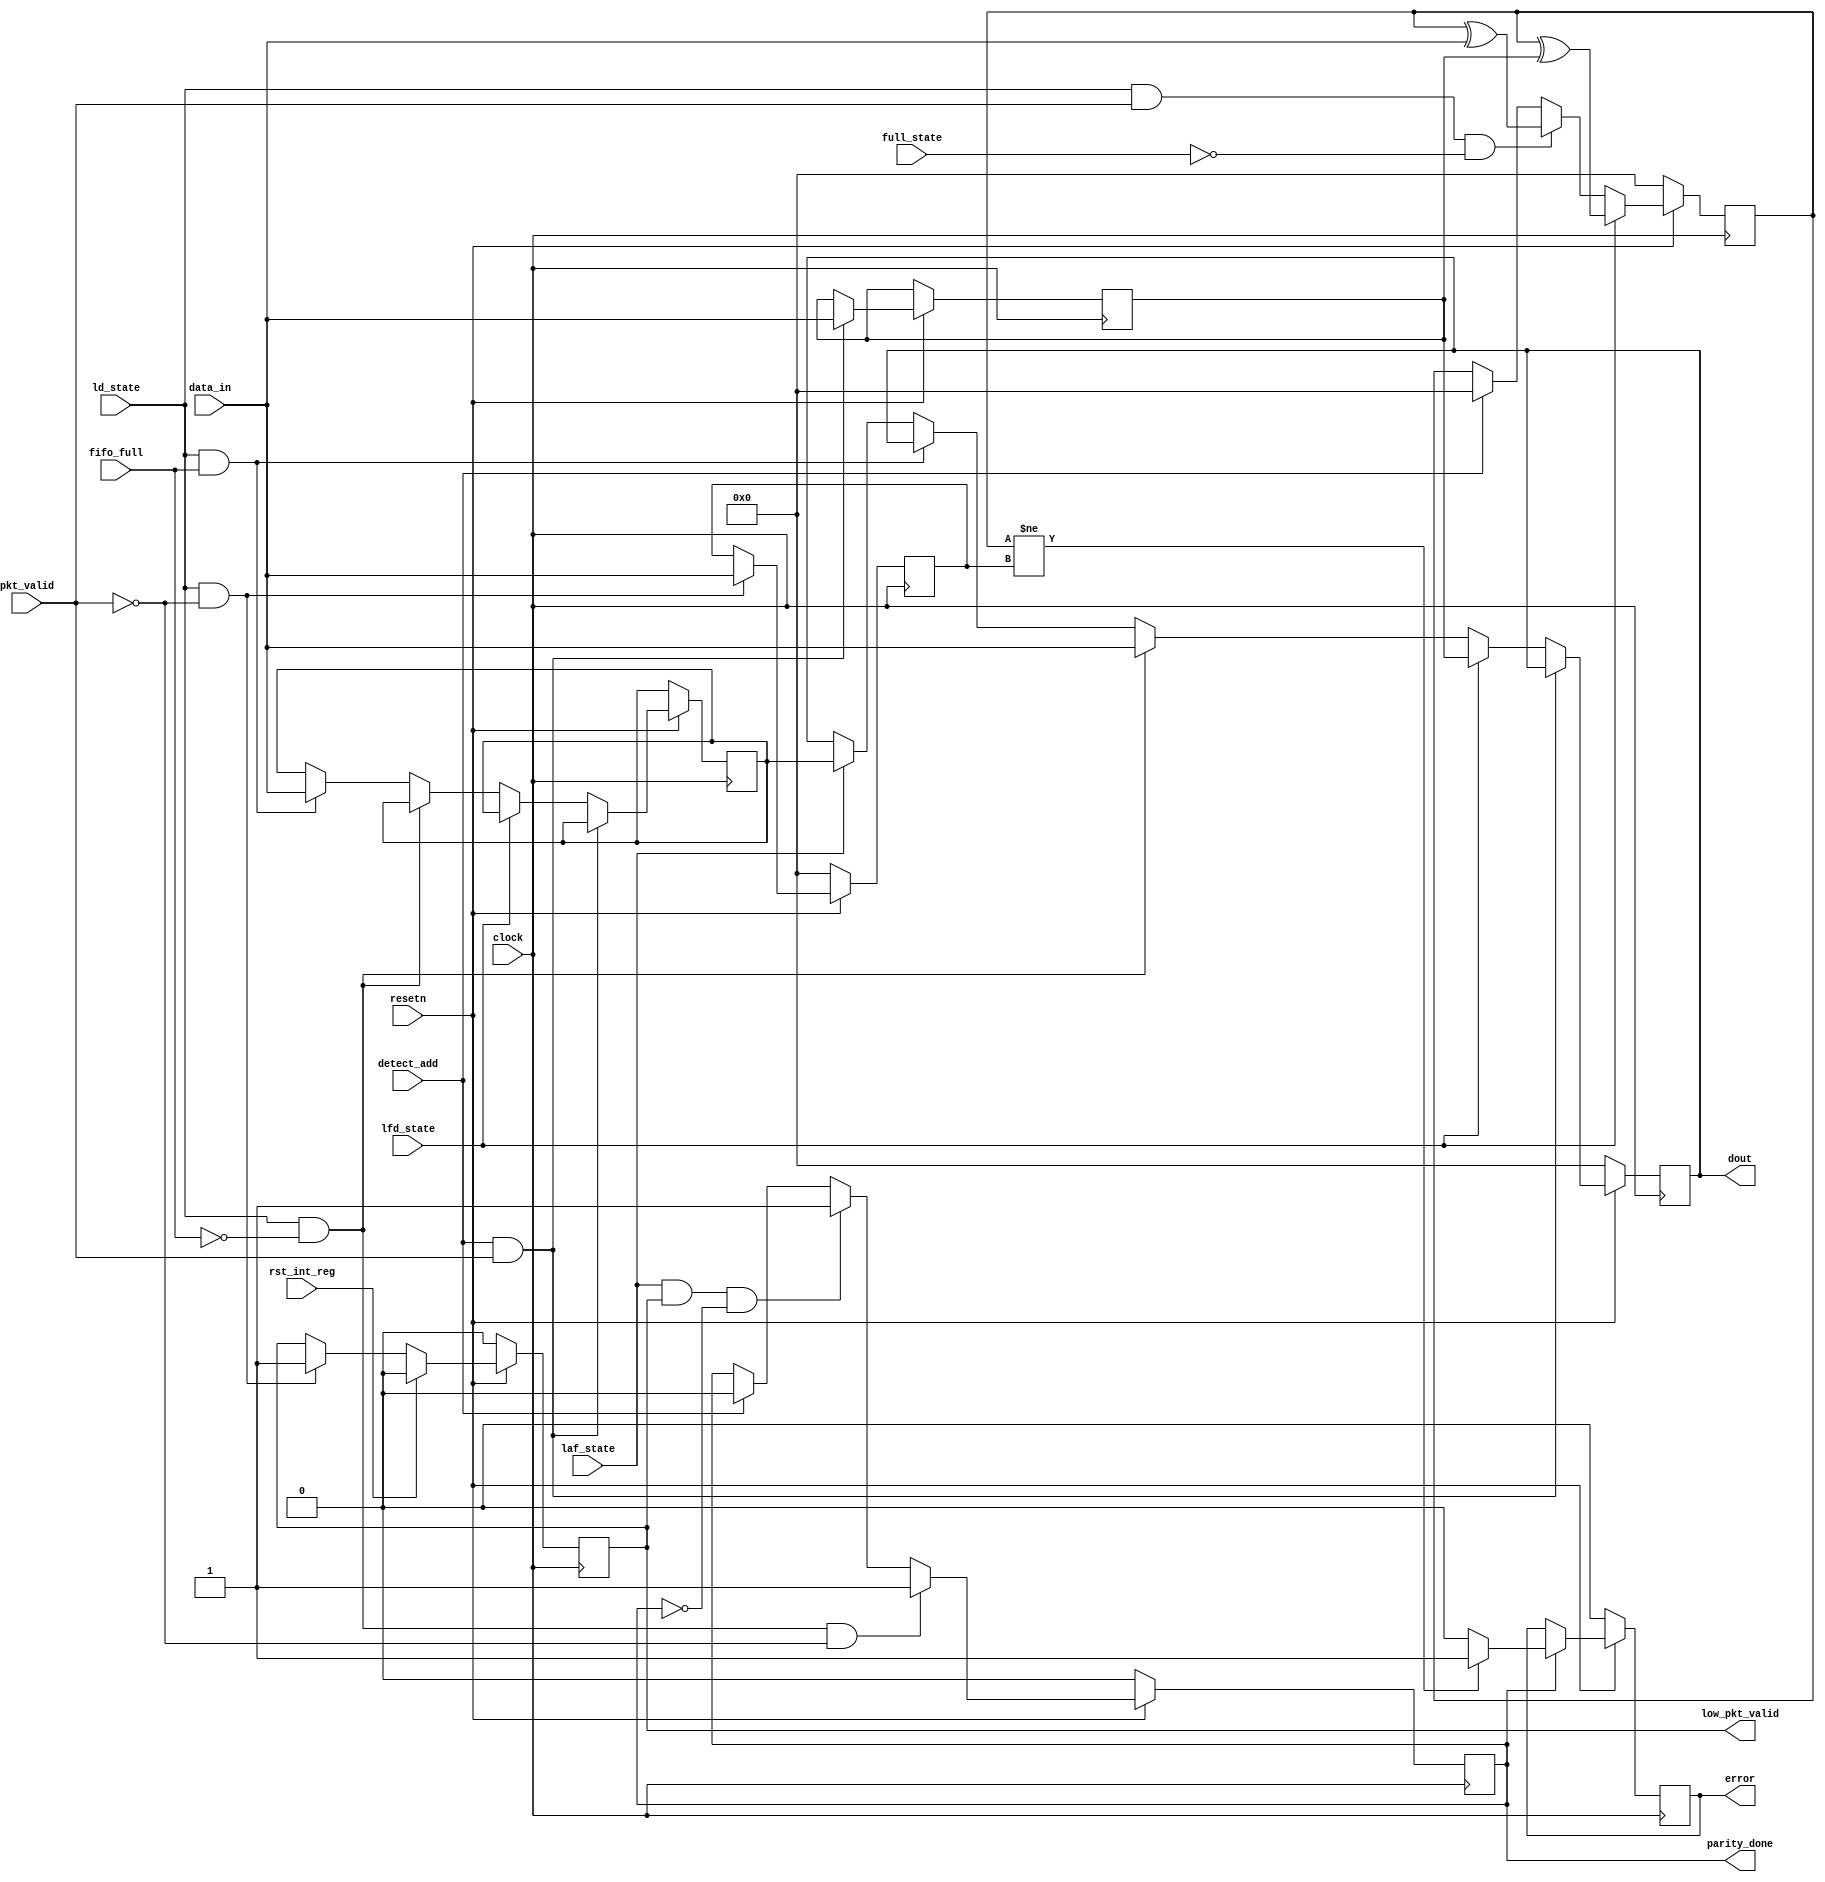
module router_reg(clock, resetn, pkt_valid, data_in, fifo_full, detect_add, ld_state, laf_state,
		full_state, lfd_state, rst_int_reg, error, parity_done, low_pkt_valid, dout);

//Input and Output declarations 	
	input clock,
		resetn,
		pkt_valid,
		fifo_full,
		detect_add,
		ld_state,
		laf_state,
		full_state,
		lfd_state,
		rst_int_reg;

	input [7:0] data_in;
		
	output reg error,
		parity_done,
		low_pkt_valid;

	output reg [7:0] dout;

// declarations of 4 internal registers
	reg [7:0] hold_header_byte, 
		fifo_full_state_byte,
		internal_parity_byte,
		packet_parity_byte;

	always@(posedge clock) //parity_done block
		begin
			if(!resetn)
				parity_done <= 1'b0;
			else 
				begin
					if(ld_state && !fifo_full && !pkt_valid)
						parity_done <= 1'b1;
					else if(laf_state && low_pkt_valid && !parity_done)
						parity_done <= 1'b1;
					else 
						begin
							if(detect_add)
								parity_done <= 1'b0;
						end
				end
		end

	always@(posedge clock) //low_pkt_valid block 
		begin
			if(!resetn)
				low_pkt_valid <= 1'b0;
			else 
				begin
					if(ld_state && !pkt_valid)
						low_pkt_valid <= 1'b1;
					if(rst_int_reg)
						low_pkt_valid <= 1'b0;
				end
		end

	always@(posedge clock) // dout block 
		begin
			if(!resetn)
				dout <= 8'd0;
			else 
				begin
					if(detect_add && pkt_valid)
						hold_header_byte <= data_in;
					else if(lfd_state)
						dout <= hold_header_byte;
					else if(ld_state && !fifo_full)
						dout <= data_in;
					else if(ld_state && fifo_full)
						fifo_full_state_byte <= data_in;
					else 
						begin
							if(laf_state)
								dout <= fifo_full_state_byte;
						end
				end
		end	

	always@(posedge clock) //internal parity block 
		begin
			if(!resetn)
				internal_parity_byte <= 8'd0;
			else if(lfd_state)
				internal_parity_byte <= internal_parity_byte ^ hold_header_byte;
			else if(ld_state && pkt_valid && !full_state)
				internal_parity_byte <= internal_parity_byte ^ data_in;
			else
				begin
					if(detect_add)
						internal_parity_byte <= 8'd0;
				end
		end

	always@(posedge clock) //packet parity block
		begin
			if(!resetn)
				packet_parity_byte <= 8'd0;
			else 
				begin
					if(!pkt_valid && ld_state)
						packet_parity_byte <= data_in;
				end
		end

	always@(posedge clock) //error checking block
		begin
			if(!resetn)
				error <= 1'b0;
			else 
				begin
					if(parity_done)
						begin
							if(internal_parity_byte!=packet_parity_byte)
								error <= 1'b1;
							else
								error <= 1'b0;
						end
				end
		end

endmodule